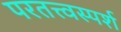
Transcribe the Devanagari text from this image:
परतत्त्वस्पर्श